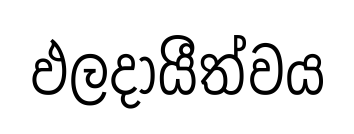
ඵලදායීත්වය